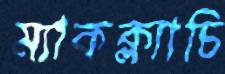
ম্যাকক্ল্যাচি